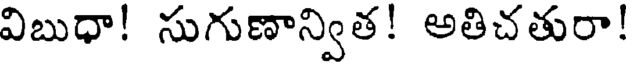
విబుధా! సుగుణాన్విత! అతిచతురా!